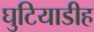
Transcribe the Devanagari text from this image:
घुटियाडीह